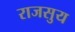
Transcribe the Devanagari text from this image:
राजसुय